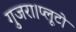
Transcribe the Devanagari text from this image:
गुजरा।प्लूटो